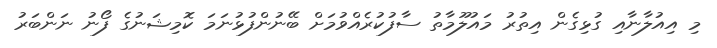
މި އިއުލާނާއި ގުޅިގެން އިތުރު މައުލޫމާތު ސާފުކުރެއްވުމަށް ބޭނުންފުޅުނަމަ ކޮމިޝަނުގެ ފޯނު ނަންބަރު